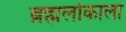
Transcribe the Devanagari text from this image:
ब्रह्मलोकाला